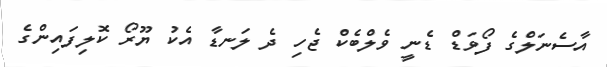
އާސެނަލްގެ ފޯވަޑް ޑެނީ ވެލްބެކް ޖެހި ދެ ލަނޑާ އެކު ޔޫރޯ ކޮލިފައިންގެ